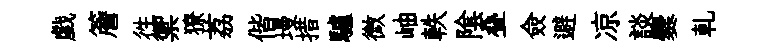
戯簷徃禦獠荔偕墁措驢微岫軼隂叠僉避凉談爨乹